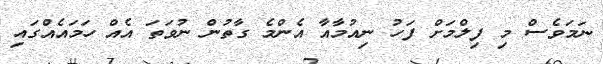
ނަމަވެސް މި ފިލްމަށް ފަހު ނިއުމާއާ އެންމެ ގާތުން ނުވަތަ އެއް ހަމައެއްގައި